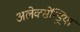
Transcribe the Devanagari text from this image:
अलेक्सेन्ड्रिया